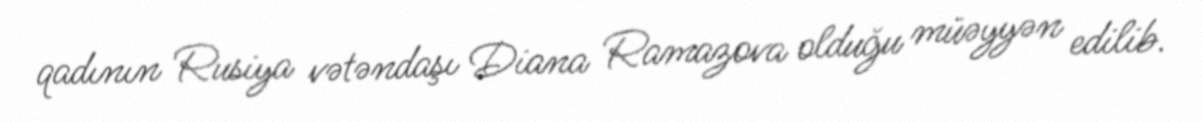
qadının Rusiya vətəndaşı Diana Ramazova olduğu müəyyən edilib.